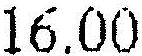
16.00